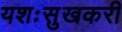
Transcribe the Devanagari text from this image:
यशःसुखकरी